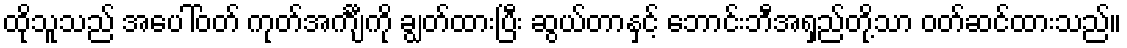
ထိုသူသည် အပေါ်ဝတ် ကုတ်အင်္ကျီကို ချွတ်ထားပြီး ဆွယ်တာနှင့် ဘောင်းဘီအရှည်တို့သာ ဝတ်ဆင်ထားသည်။